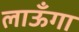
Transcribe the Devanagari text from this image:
लाऊँगा